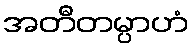
အတီတမ္ပာဟံ